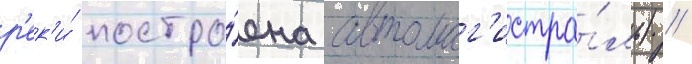
р'ек'и́ постро́ена автомаг'истра́ль) //